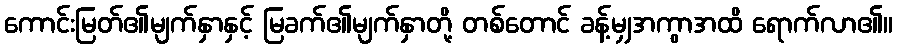
ကောင်းမြတ်၏မျက်နှာနှင့် မြခက်၏မျက်နှာတို့ တစ်တောင် ခန့်မျှအကွာအထိ ရောက်လာ၏။